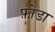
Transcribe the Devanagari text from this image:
फ़ोडा